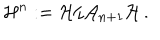
LaTeX: { \cal H } ^ { n } : = { \cal H } / { \cal A } _ { n + 1 } { \cal H } \, .